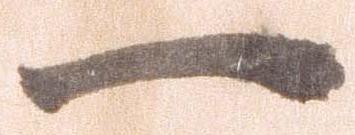
一